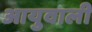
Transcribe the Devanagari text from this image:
आयुवाली